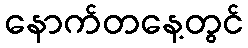
နောက်တနေ့တွင်